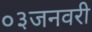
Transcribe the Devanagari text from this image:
०३जनवरी